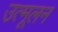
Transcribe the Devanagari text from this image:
उत्मूलन